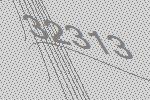
32313